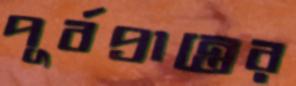
পূর্বপ্রান্তের